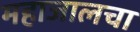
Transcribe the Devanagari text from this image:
महाजालचा